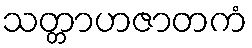
သတ္တာဟဇာတကံ